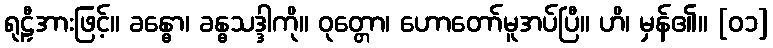
ရုဠှီအားဖြင့်။ ခန္ဓော၊ ခန္ဓသဒ္ဒါကို။ ဝုတ္တော၊ ဟောတော်မူအပ်ပြီ။ ဟိ၊ မှန်၏။ [၀၁]